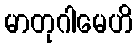
မာတုဂါမေဟိ